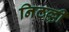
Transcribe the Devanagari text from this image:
निठल्ली